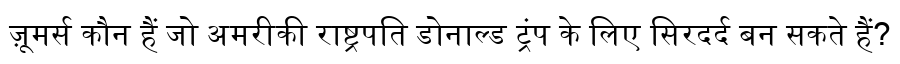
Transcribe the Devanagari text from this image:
ज़ूमर्स कौन हैं जो अमरीकी राष्ट्रपति डोनाल्ड ट्रंप के लिए सिरदर्द बन सकते हैं?